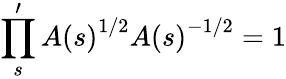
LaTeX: \prod_{s}^{\prime}A\left(s\right)^{1/2}A\left(s\right)^{-1/2}=1